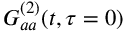
G _ { a a } ^ { ( 2 ) } ( t , \tau = 0 )